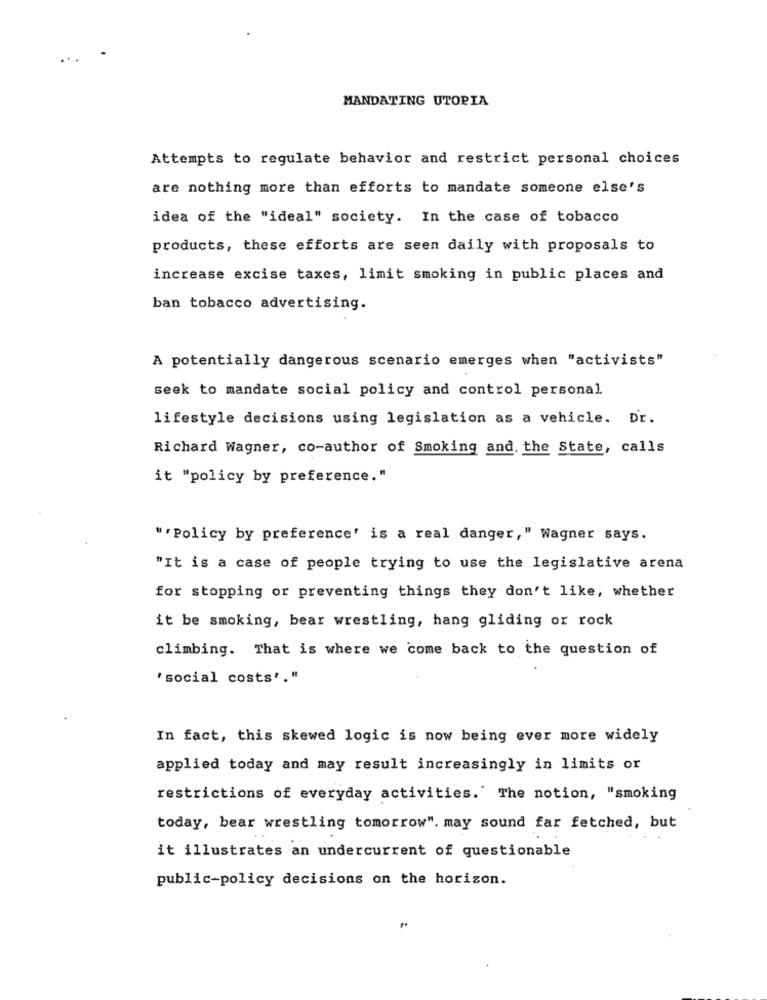
...
MANDATING UTOPIA
Attempts to regulate behavior and restrict personal choices
are nothing more than efforts to mandate someone else's
idea of the "ideal" society. In the case of tobacco
products, these efforts are seen daily with proposals to
increase excise taxes, limit smoking in public places and
ban tobacco advertising.
A potentially dangerous scenario emerges when "activists"
seek to mandate social policy and control personal
lifestyle decisions using legislation as a vehicle. Dr.
Richard Wagner, co-author of Smoking and. the State, calls
it "policy by preference."
""Policy by preference' is a real danger," Wagner says.
"It is a case of people trying to use the legislative arena
for stopping or preventing things they don't like, whether
it be smoking, bear wrestling, hang gliding or rock
climbing. That is where we come back to the question of
'social costs"."
In fact, this skewed logic is now being ever more widely
applied today and may result increasingly in limits or
restrictions of everyday activities." The notion, "smoking
today, bear wrestling tomorrow". may sound far fetched, but
it illustrates an undercurrent of questionable
public-policy decisions on the horizon.